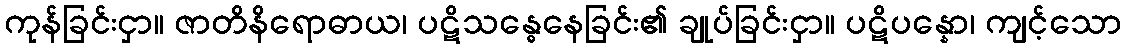
ကုန်ခြင်းငှာ။ ဇာတိနိရောဓာယ၊ ပဋိသန္ဓေနေခြင်း၏ ချုပ်ခြင်းငှာ။ ပဋိပန္နော၊ ကျင့်သော